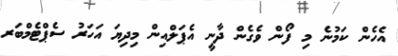
އެހެން ކަމުނެ މި ފޯން ވެގެން ދާނީ އެޕަލްއިން މިދިޔަ އަހަރު ސެޕްޓެމްބަރ